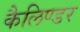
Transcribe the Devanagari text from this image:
कैलिण्डर